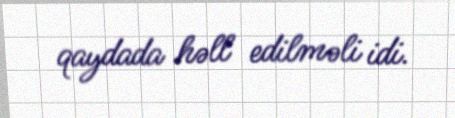
qaydada həll edilməli idi.